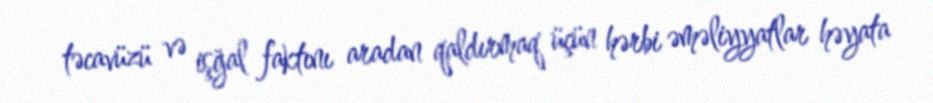
təcavüzü və işğal faktını aradan qaldırmaq üçün hərbi əməliyyatlar həyata